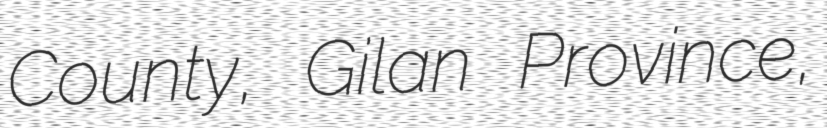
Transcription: County, Gilan Province,